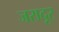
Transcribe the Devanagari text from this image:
जरादूर